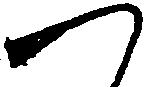
つ